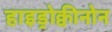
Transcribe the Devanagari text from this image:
हाइड्रोक्वीनोन